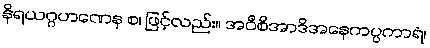
နိရယဂ္ဂဟဏေန စ၊ ဖြင့်လည်း။ အဝီစိအာဒိအနေကပ္ပကာရံ၊